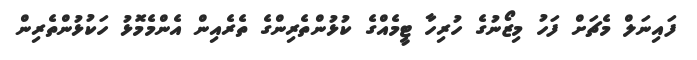
ފައިނަލް މެޗަށް ފަހު މިޒޯނުގެ ހުރިހާ ޓީމެއްގެ ކުޅުންތެރިންގެ ތެރެއިން އެންމެމޮޅު ހަކުޅުންތެރިން